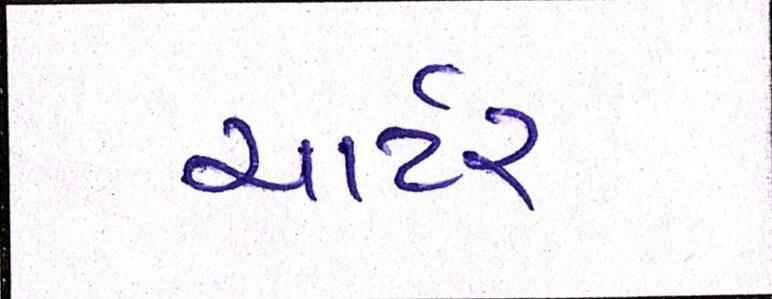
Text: ચાર્ટર